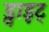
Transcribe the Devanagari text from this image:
ड्वाइट्